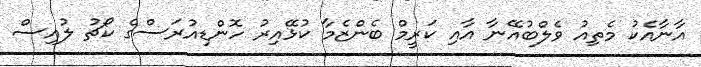
އާނާއެކު މެތިއު ވެލްބުއޭނާ އާއި ކަރީމް ބެންޒެމާ ކުޅޭއިރު ހޮންޑިއުރަސްގެ ކޯޗު ލުއިސް